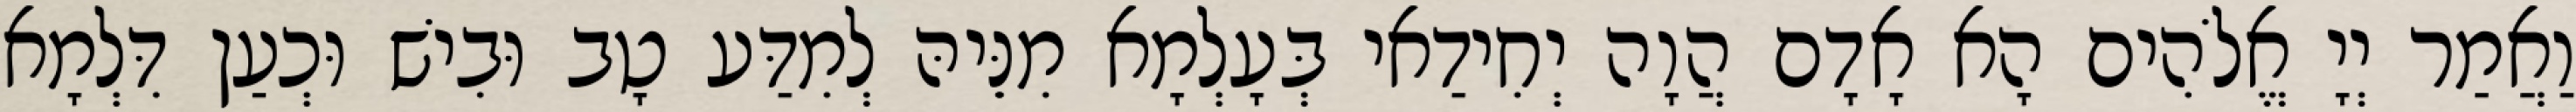
וַאֲמַר יְיָ אֱלֹהִים הָא אָדָם הֲוָה יְחִידַאי בְּעָלְמָא מִנֵּיהּ לְמִדַּע טָב וּבִישׁ וּכְעַן דִּלְמָא